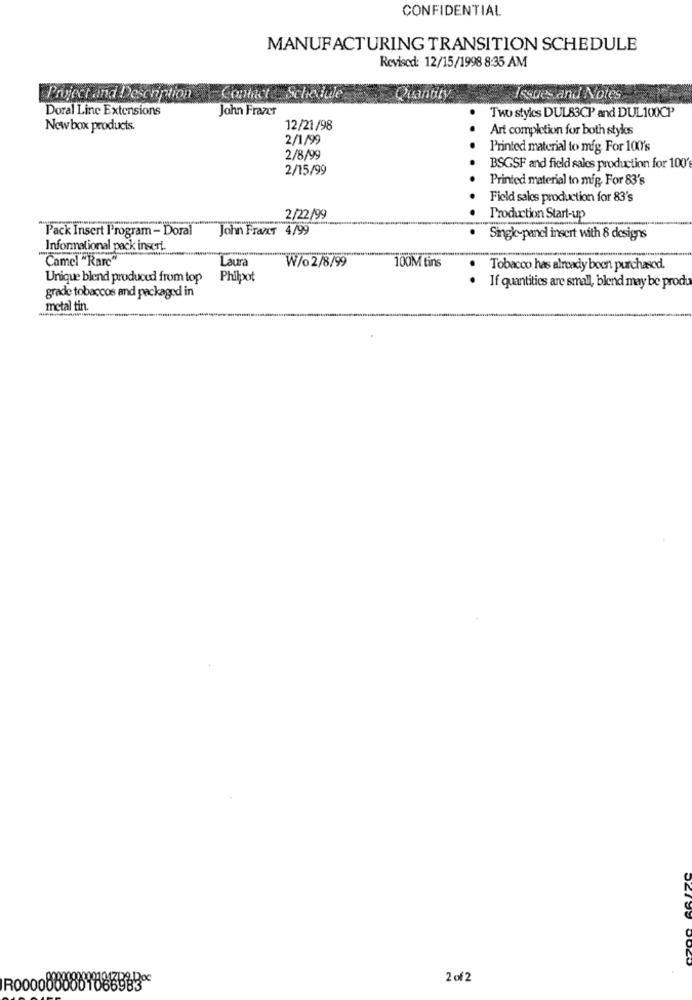
CONFIDENTIAL
MANUFACTURING TRANSITION SCHEDULE
Revised: 12/15/1998 8:35 AM
Project and Description
Schedule
Quantity
Issues and Notes
Doral Line Extensions
John Frazer
Two styles DUL83CP and DUL 100CP
New box products.
12/21/98
Art completion for both styles
2/1/99
.. .
Printed material to mig. For 100's
2/8/99
2/15/99
BSGSF and field sales production for 100
Printed material to mig, For 83's
Field sales production for 83's
.
2/22/99
Production Start-up
Pack Insert l'rogram - Doral
John FranT 4/99
Singk-panel insert with 8 designs
Informational pack insert.
Camel "Rare"
Laura
W/o2/8/99
100M tins
Tobacco has already been purchased.
Unique blend produced from top
Philpot
If quantities are small, blend may be produ
grade tobaccos and packaged in
metal tin.
2 of 2
0000001066983 **